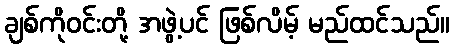
ချစ်ကိုဝင်းတို့ အဖွဲ့ပင် ဖြစ်လိမ့် မည်ထင်သည်။